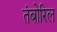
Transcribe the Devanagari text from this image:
तंबोरिल